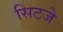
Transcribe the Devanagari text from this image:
सिटजे